Scientific memoirs by medical officers of the Army of India - Part III,
Year: 1887
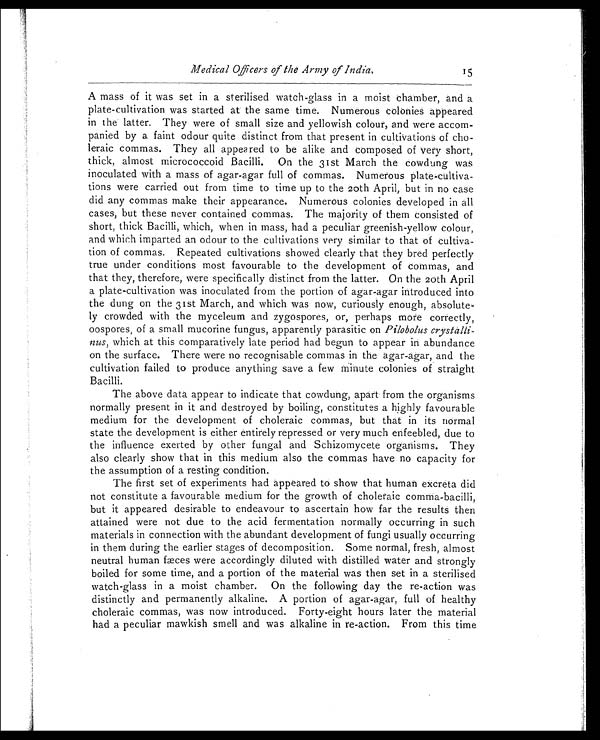
Medical Officers of the Army of India. 1 5
A mass of it was set in a sterilised watch-glass in a moist chamber, and a
plate-cultivation was started at the same time. Numerous colonies appeared
in the latter. They were of small size and yellowish colour, and were accom
-panied by a faint odour quite distinct from that present in cultivations of cho
-leraic commas. They all appeared to be alike and composed of very short,
thick, almost micrococcoid Bacilli. On the 31st March the cowdung was
inoculated with a mass of agar-agar full of commas. Numerous plate-cultiva
-tions were carried out from time to time up to the 20th April, but in no case
did any commas make their appearance. Numerous colonies developed in all
cases, but these never contained commas. The majority of them consisted of
short, thick Bacilli, which, when in mass, had a peculiar greenish-yellow colour,
and which imparted an odour to the cultivations very similar to that of cultiva
-tion of commas. Repeated cultivations showed clearly that they bred perfectly
true under conditions most favourable to the development of commas, and
that they, therefore, were specifically distinct from the latter. On the 20th April
a plate-cultivation was inoculated from the portion of agar-agar introduced into
the dung on the 31st March, and which was now, curiously enough, absolute
-ly crowded with the myceleum and zygospores, or, perhaps mote correctly,
oospores, of a small mucorine fungus, apparently parasitic on Pilobolus crystalli
-nus, which at this comparatively late period had begun to appear in abundance
on the surface. There were no recognisable commas in the agar-agar, and the
cultivation failed to produce anything save a few minute colonies of straight
Bacilli.
The above data appear to indicate that cowdung, apart from the organisms
normally present in it and destroyed by boiling, constitutes a highly favourable
medium for the development of choleraic commas, but that in its normal
state the development is either entirely repressed or very much enfeebled, due to
the influence exerted by other fungal and Schizomycete organisms. They
also clearly show that in this medium also the commas have no capacity for
the assumption of a resting condition.
The first set of experiments had appeared to show that human excreta did
not constitute a favourable medium for the growth of choleraic comma-bacilli,
but it appeared desirable to endeavour to ascertain how far the results then
attained were not due to the acid fermentation normally occurring in such
materials in connection with the abundant development of fungi usually occurring
in them during the earlier stages of decomposition. Some normal, fresh, almost
neutral human fæces were accordingly diluted with distilled water and strongly
boiled for some time, and a portion of the material was then set in a sterilised
watch-glass in a moist chamber. On the following day the re-action was
distinctly and permanently alkaline. A portion of agar-agar, full of healthy
choleraic commas, was now introduced. Forty-eight hours later the material
had a peculiar mawkish smell and was alkaline in re-action. From this, time